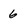
Character: 6